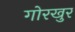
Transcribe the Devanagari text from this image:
गोरखुर